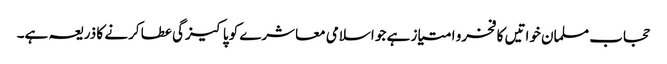
حجاب مسلمان خواتیں کا فخرو امتیاز ہے جو اسلامی معاشرے کو پاکیزگی عطا کرنے کا ذریعہ ہے۔